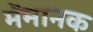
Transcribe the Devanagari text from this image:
मेंमानक